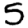
Digit: 5